Code of medical and sanitary regulations for the guidance of medical officers serving in the Madras Presidency - Volume I
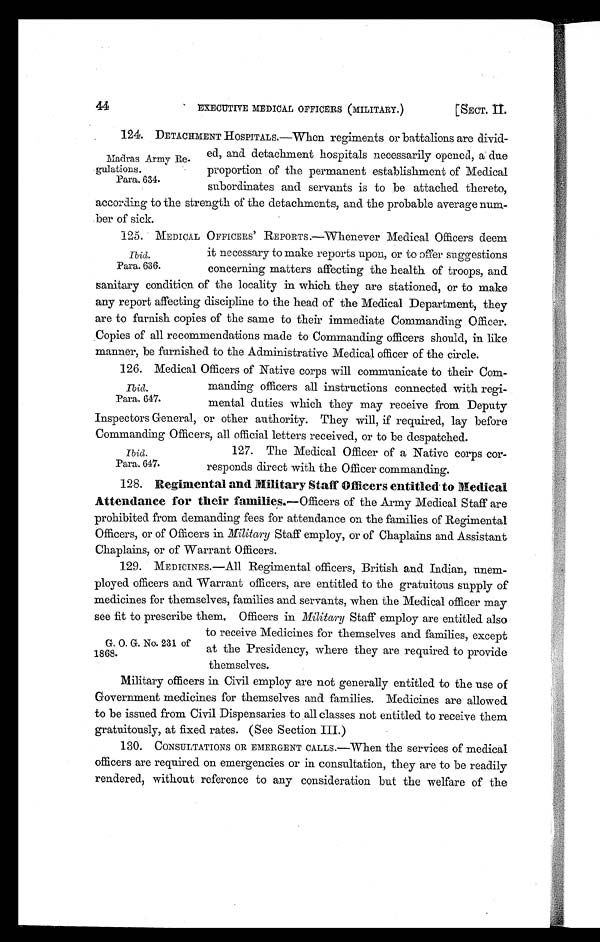
44
EXECUTIVE MEDICAL OFFICERS (MILITARY.)
[SECT. II.
124. DETACHMENT HOSPITALS.—When regiments or battalions are divid
ed, and detachment hospitals necessarily opened, a due
proportion of the permanent establishment of Medical
subordinates and servants is to be attached thereto,
according to the strength of the detachments, and the probable average num-
ber of sick.
125. MEDICAL OFFICERS' REPORTS.—Whenever Medical Officers deem
it necessary to make reports upon, or to offer suggestions
concerning matters affecting the health of troops, and
sanitary condition of the locality in which they are stationed, or to make
any report affecting discipline to the head of the Medical Department, they
are to furnish copies of the same to their immediate Commanding Officer.
Copies of all recommendations made to Commanding officers should, in like
manner, be furnished to the Administrative Medical officer of the circle.
126. Medical Officers of Native corps will communicate to their Com
mancling officers all instructions connected. with regi
mental duties which they may receive from Deputy
Inspectors General, or other authority. They will, if required, lay before
Commanding Officers, all official letters received, or to be despatched.
Madras Army Re-
gulations.
Para. 634.
Para. 636.
Ibid.
Para. 647.
Para. 647.
127. The Medical Officer of a Native corps cor-
responds direct with the Officer commanding.
128. Regimental and Military Staff Officers entitled to Medical
Attendance for their families .—Officers of the Army Medical Staff are
prohibited from demanding fees for attendance on the families of Regimental
Officers, or of Officers in Military Staff employ, or of Chaplains and Assistant
Chaplains, or of warrant Officers.
129. MEDICINES.—All Regimental officers, British and Indian, unem-
ployed officers and Warrant officers, are entitled to the gratuitous supply of
medicines for themselves, families and servants, when the Medical officer may
see fit to prescribe them, Officers in Military Staff employ are entitled also
to receive Medicines for themselves and families, except
at the Presidency, where they are required to provide
themselves.
Military officers in Civil employ are not generally entitled to the use of
Government medicines for themselves and families. Medicines are allowed
to be issued from Civil Dispensaries to all classes not entitled to receive them
gratuitously, at fixed. rates. (See Section III.)
130. CONSULTATIONS OR EMERGENT CALLS.—When the services of medical
officers are required on emergencies or in consultation, they are to be readily
rendered, without reference to any consideration but the welfare of the
G. O. G. No. 231 of
1868.